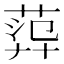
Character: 𦴮